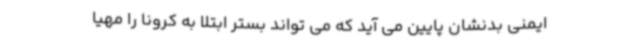
ایمنی بدنشان پایین می آید که می تواند بستر ابتلا به کرونا را مهیا